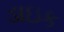
ડાઇક